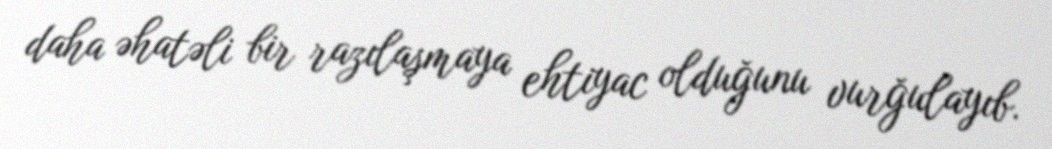
daha əhatəli bir razılaşmaya ehtiyac olduğunu vurğulayıb.